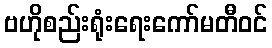
ဗဟိုစည်းရုံးရေးကော်မတီဝင်